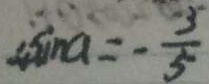
4 \sin a = - \frac { 5 } { 5 }